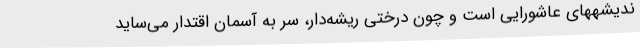
ندیشههای عاشورایی است و چون درختی ریشه‌دار، سر به آسمان اقتدار می‌ساید